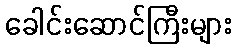
ခေါင်းဆောင်ကြီးများ